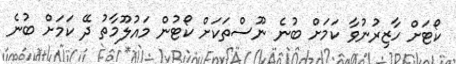
ކޯޓަށް ހާޒިރުނުވާ ކަމަށް ބުނެ ނޫސްތަކަށް ކޯޓުން މައުލޫމާތު ދޭ ކަމަށް ބުނެ